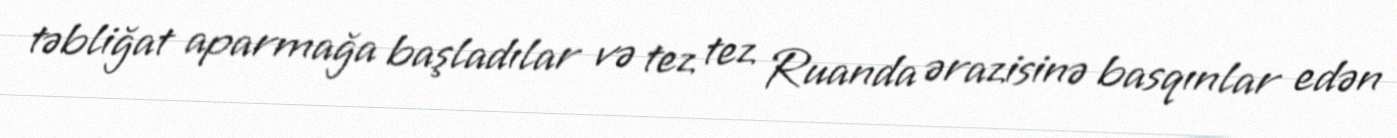
təbliğat aparmağa başladılar və tez tez Ruanda ərazisinə basqınlar edən